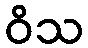
ဝိသ